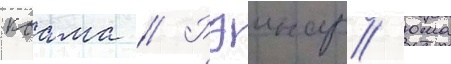
коама // Рэинар/ юма